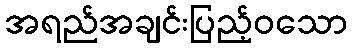
အရည်အချင်းပြည့်ဝသော